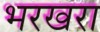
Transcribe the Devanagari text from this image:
भरखरा